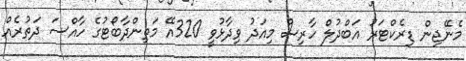
މެނޭޖިން ޑިރެކްޓަރު އަބްދުލް ހާރިސް މިއަދު ވިދާޅުވީ 320އޭ މަތިންދާބޯޓުގެ ހާއްސަ ދަތުރެއް